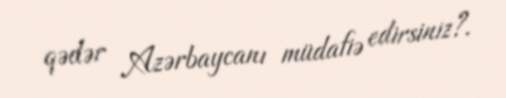
qədər Azərbaycanı müdafiə edirsiniz?.